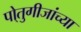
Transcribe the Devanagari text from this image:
पो्तुगीजांच्या